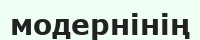
модернінің